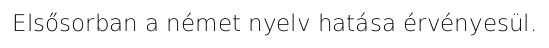
Elsősorban a német nyelv hatása érvényesül.